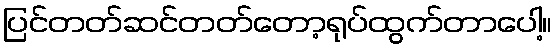
ပြင်တတ်ဆင်တတ်တော့ရုပ်ထွက်တာပေါ့။